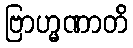
ဗြာဟ္မဏာတိ